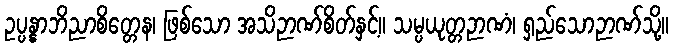
ဥပ္ပန္နာဘိညာစိတ္တေန၊ ဖြစ်သော အသိဉာဏ်စိတ်နှင့်။ သမ္ပယုတ္တဉာဏံ၊ ရှည်သောဉာဏ်သို့။